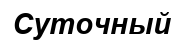
Суточный